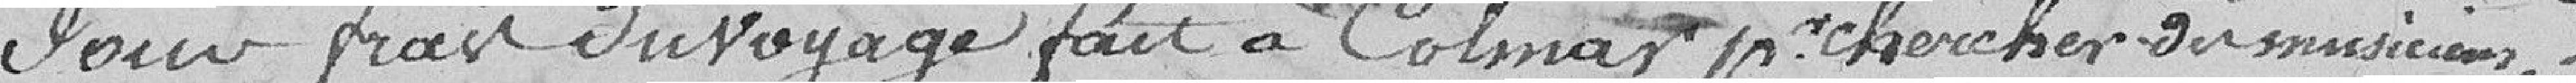
Pour frais du voyage fait à Colmar pour chercher des musiciens